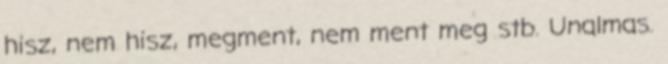
hisz, nem hisz, megment, nem ment meg stb. Unalmas.